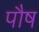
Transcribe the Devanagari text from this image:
पाैष